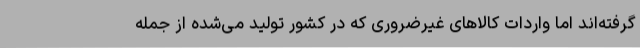
گرفته‌اند اما واردات کالاهای غیرضروری که در کشور تولید می‌شده از جمله